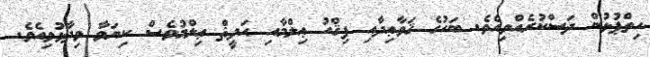
ހިތްޕުޅުން ދަސްކުރެއްވިއެވެ. ބަހުގެ ޤަވާޢިދާއި ފިޤްހު ޢިލްމާއި ޙަދީޘް ޢިލްމުވެސް ކިޔަވާ ވިދާޅުވިއެވެ.